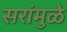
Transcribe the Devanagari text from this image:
सरांमुळे